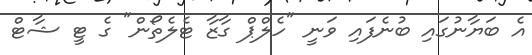
އެ ބަޔާނުގައި ބުނެފައި ވަނީ "ހެލްޕް ގާޒާ ޓެލެތޯން" ގެ ޓީ ޝާޓް